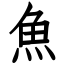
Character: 魚